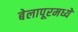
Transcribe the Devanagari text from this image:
बेलापूरमध्ये